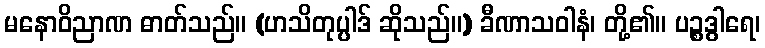
မနောဝိညာဏ ဓာတ်သည်။ (ဟသိတုပ္ပါဒ် ဆိုသည်။) ခီဏာသဝါနံ၊ တို့၏။ ပဉ္စဒွါရေ၊